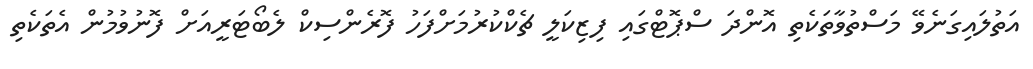
އަތުލައިގަނެވޭ މަސްތުވާތަކެތި އޮންދަ ސްޕޮޓްގައި ފިޒިކަލީ ޗެކްކުރުމަށްފަހު ފޮރެންސިކް ލެބޯޓަރީއަށް ފޮނުވުމުން އެތަކެތި